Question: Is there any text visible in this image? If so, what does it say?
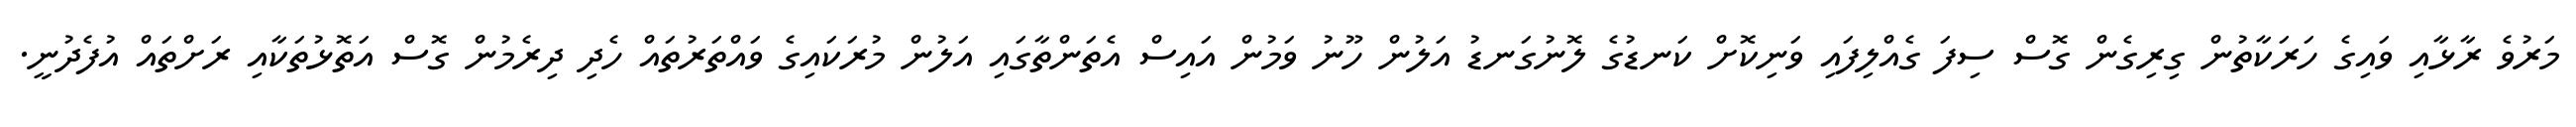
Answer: މަރުވެ ރާޅާއި ވައިގެ ހަރަކާތުން ގިރިގެން ގޮސް ސިފަ ގެއްލިފައި ވަނިކޮށް ކަނޑުގެ ލޮނުގަނޑު އަލުން ހޫނު ވަމުން އައިސް އެތަންތާގައި އަލުން މުރަކައިގެ ވައްތަރުތައް ހެދި ދިރެމުން ގޮސް އަތޮޅުތަކާއި ރަށްތައް އުފެދުނީ.